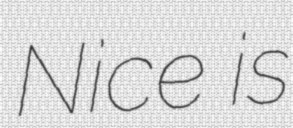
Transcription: Nice is